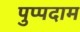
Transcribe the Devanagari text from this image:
पुप्पदाम